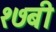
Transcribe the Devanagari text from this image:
१७बी